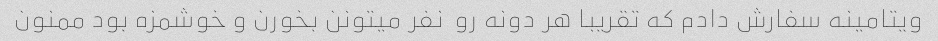
ویتامینه سفارش دادم که تقریبا هر دونه رو  نفر میتونن بخورن و خوشمزه بود ممنون